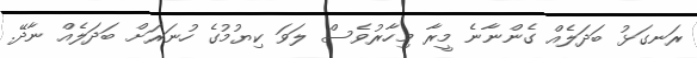
ރަނގަޅު ބަދަލެއް ގެންނާނެ މީރާ މިހާރުވެސް ލަވަ ކިޔުމުގެ ހުނަރަށް ބަދަލެއް ނާދޭ.